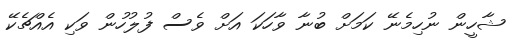
ޝާހީން ނުހިމެނޭ ކަމަށް ބުނާ ވާހަކަ އަށް ވެސް ފުލުހުން ވަކި އެއްޗެކޭ